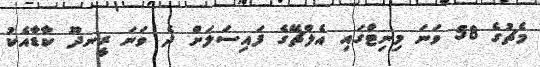
މެޗުގެ 58 ވަނަ މިނިޓްގައި އެލްޗޭގެ ފައިސަލަށް ދެ ވަނަ ރީނދޫ ކާޑާއެކު